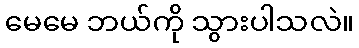
မေမေ ဘယ်ကို သွားပါသလဲ။